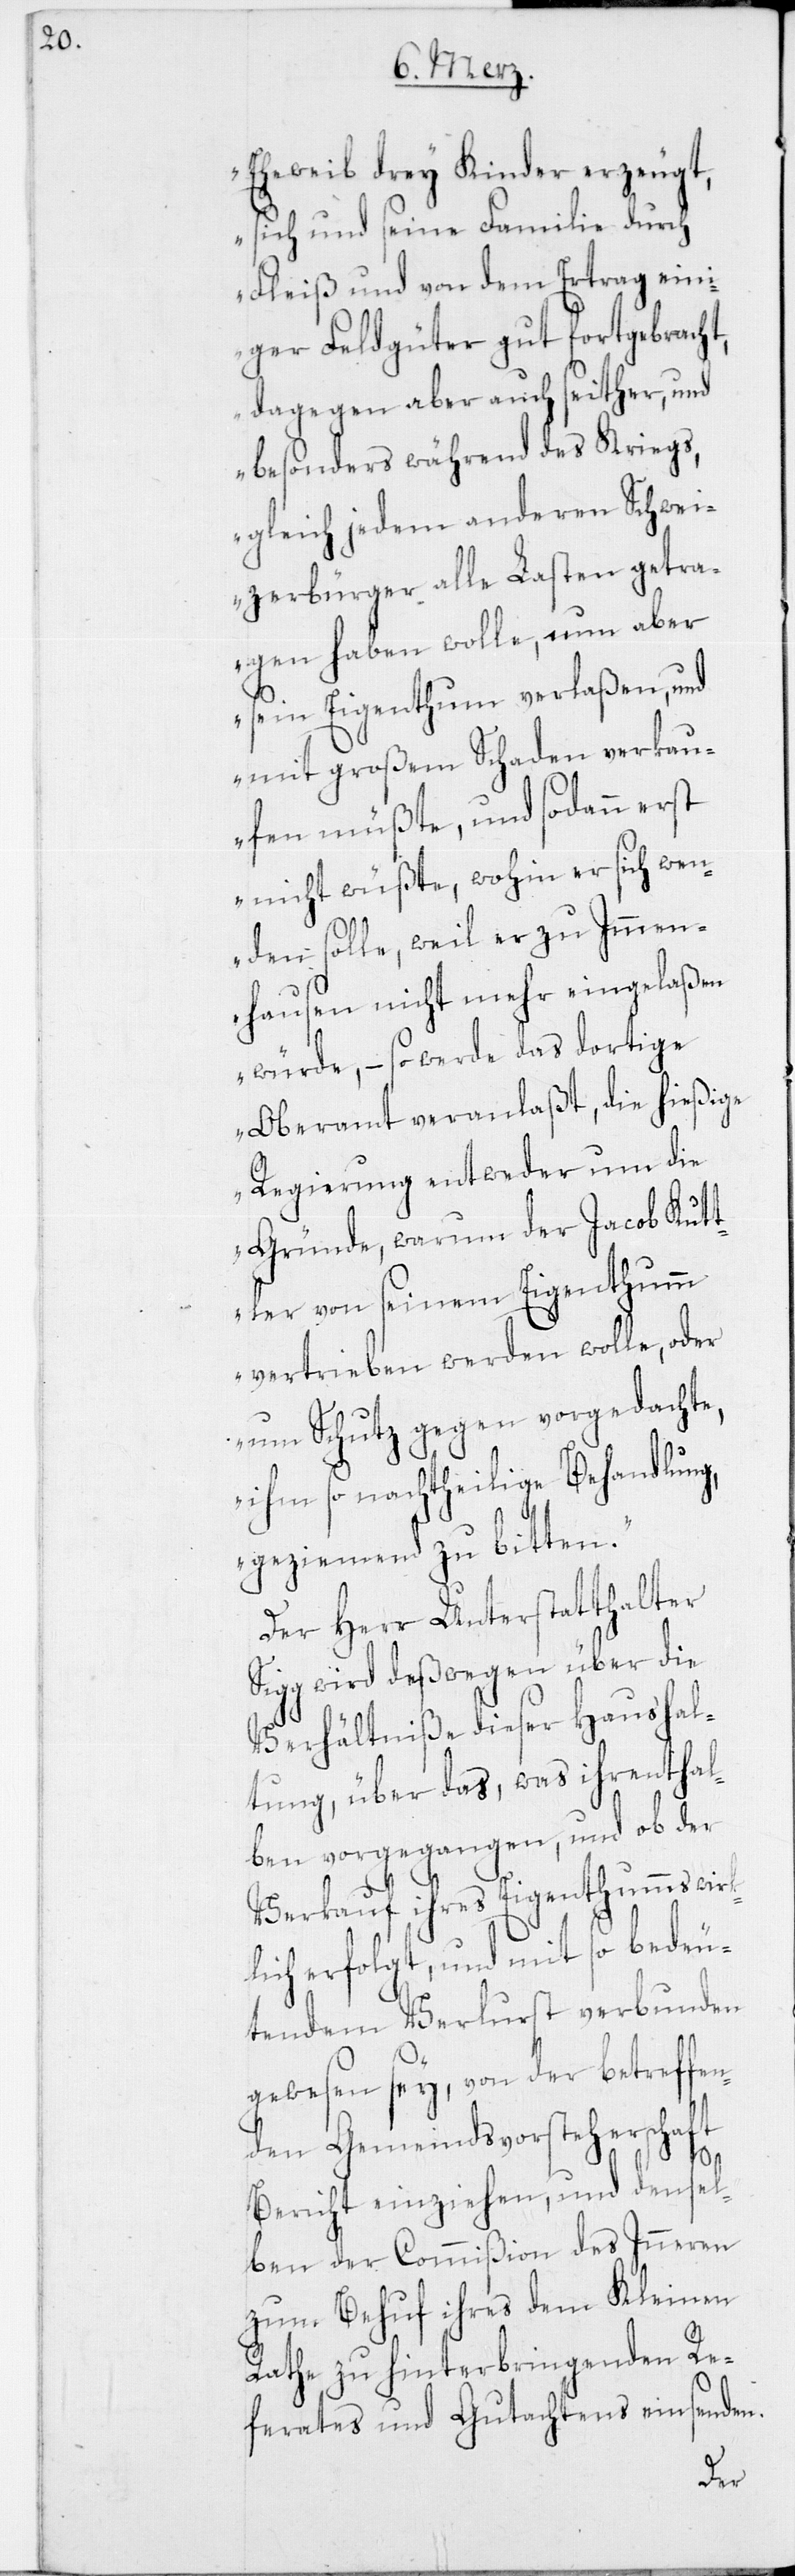
Eheweib drey Kinder erzeugt,
sich und seine Familie durch
Fleiß und von dem Ertrag ein¬
iger Feldgüter gut fortgebrach¬
dagegen aber auch seither, und
besonders während des Kriegs,
gleich jedem anderen Schwei¬
zerbürger alle Lasten getra¬
gen haben wolle, nun aber
sein Eigenthum verlaßen, und
mit großem Schaden verkau¬
fen müßte, und sodann erst
nicht wüßte, wohin er sich wen¬
den solle, weil er zu Immen¬
hausen nicht mehr eingelaßen
würde, – so werde das dortige
Oberamt veranlaßt, die hießige
Regierung entweder um die
Gründe, warum der Jacob Kutt¬
ler von seinem Eigenthumm
vertrieben werden wolle, oder
um Schutz gegen vorgedachte,
ihm so nachtheilige Behandlung,
geziemend zu bitten.“
Der Herr Unterstatthalter
Sigg wird deßwegen über die
Verhältniße dieser Haushal¬
tung, über das, was ihrenthal¬
ben vorgegangen, und ob der
t,
Verkauf ihres Eigenthumms wir¬
klich erfolgt, und mit so bedeu¬
tendem Verlurst verbunden
gewesen sey, von der betreffen¬
den Gemeindsvorsteherschaft
Bericht einziehen, und densel¬
ben der Commißion des Inneren
zum Behuf ihres dem Kleinen
Rath zu hinterbringenden Re¬
ferates und Gutachtens einsenden.